65_HS1-834228961_62-HQ-83894_Serial_220
Agency: FBI
Page 1
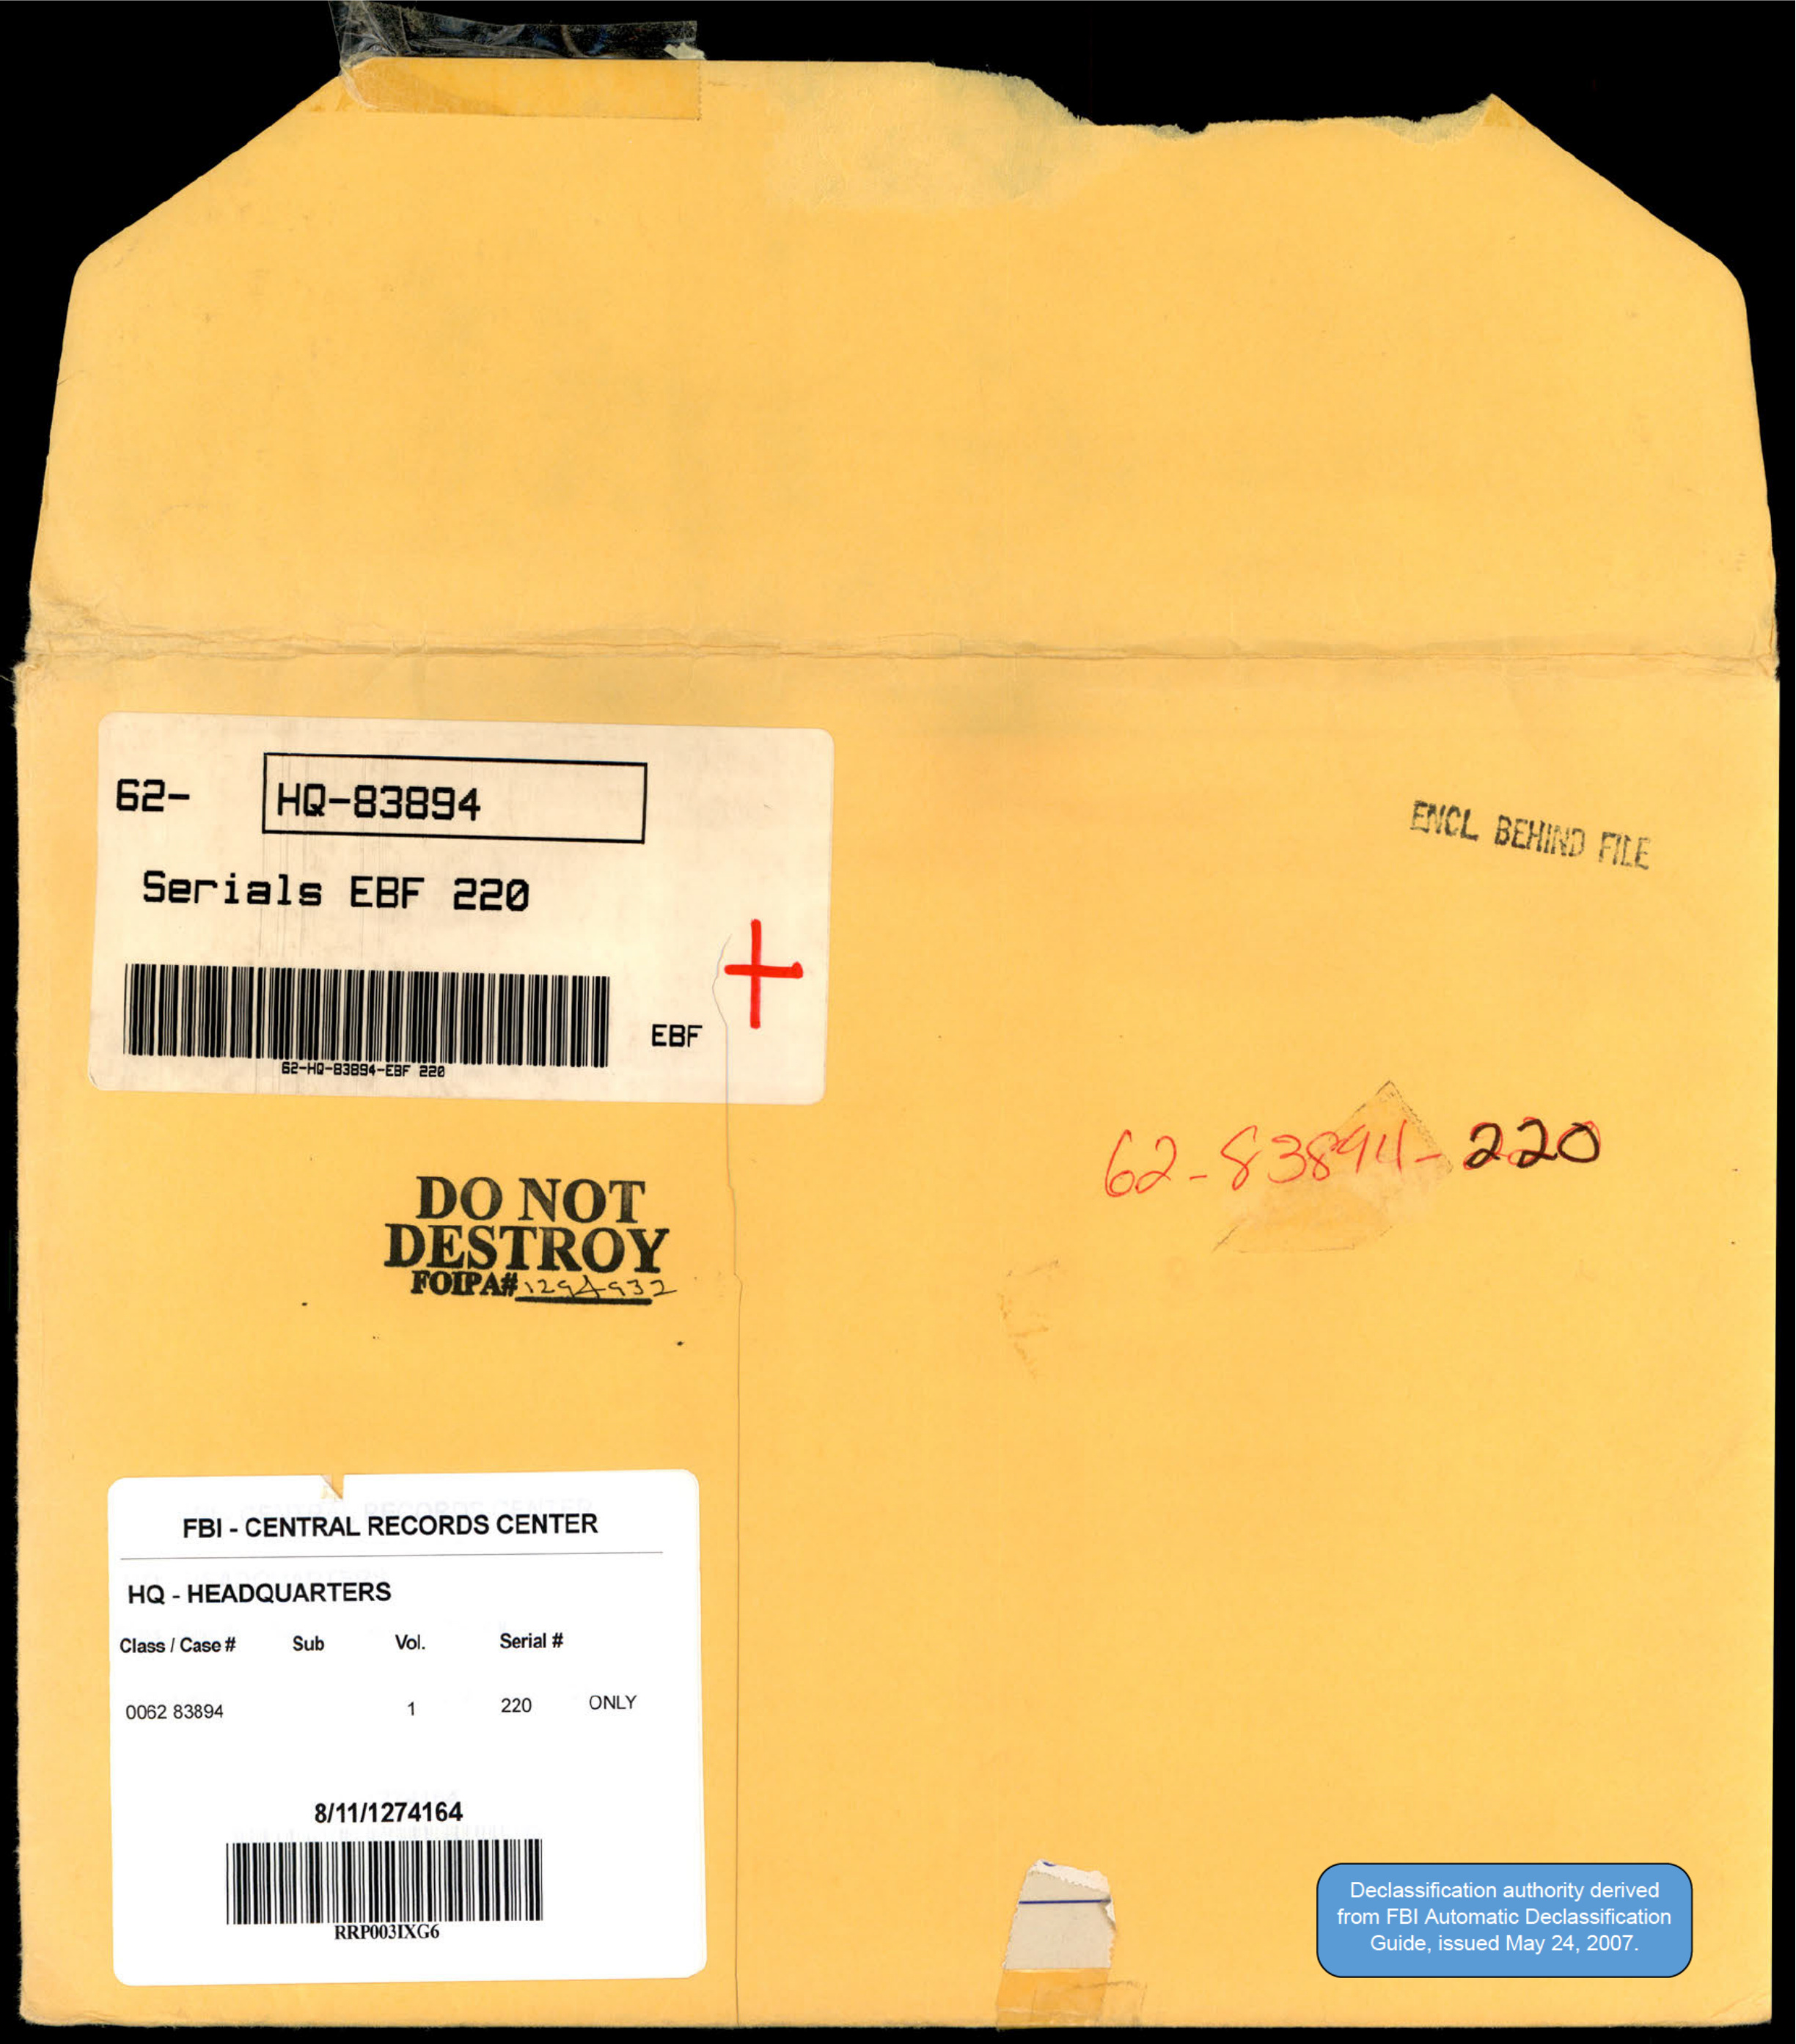